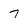
Character: 7